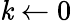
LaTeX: \mathit{k}\leftarrow0